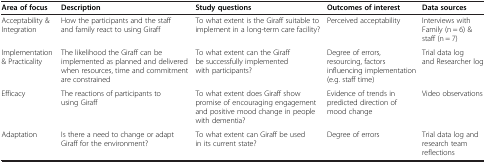
<table><thead><tr><td><b>Area of focus</b></td><td><b>Description</b></td><td><b>Study questions</b></td><td><b>Outcomes of interest</b></td><td><b>Data sources</b></td></tr></thead><tbody><tr><td>Acceptability &amp; Integration</td><td>How the participants and the staff and family react to using Giraff</td><td>To what extent is the Giraff suitable to implement in a long-term care facility?</td><td>Perceived acceptability</td><td>Interviews with Family (n = 6) &amp; staff (n = 7)</td></tr><tr><td>Implementation &amp; Practicality</td><td>The likelihood the Giraff can be implemented as planned and delivered when resources, time and commitment are constrained</td><td>To what extent can the Giraff be successfully implemented with participants?</td><td>Degree of errors, resourcing, factors influencing implementation (e.g. staff time)</td><td>Trial data log and Researcher log</td></tr><tr><td>Efficacy</td><td>The reactions of participants to using Giraff</td><td>To what extent does Giraff show promise of encouraging engagement and positive mood change in people with dementia?</td><td>Evidence of trends in predicted direction of mood change</td><td>Video observations</td></tr><tr><td>Adaptation</td><td>Is there a need to change or adapt Giraff for the environment?</td><td>To what extent can Giraff be used in its current state?</td><td>Degree of errors</td><td>Trial data log and research team reflections</td></tr></tbody></table>